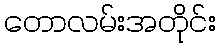
တောလမ်းအတိုင်း